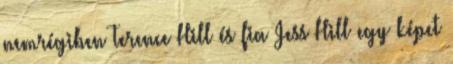
nemrégiben Terence Hill és fia Jess Hill egy képet